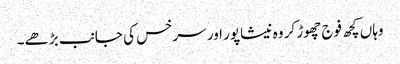
وہاں کچھ فوج چھوڑ کر وہ نیشاپور اور سرخس کی جانب بڑھے۔